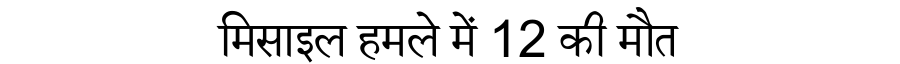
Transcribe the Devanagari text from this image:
मिसाइल हमले में 12 की मौत